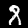
Label: 8